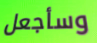
وسأجعل